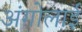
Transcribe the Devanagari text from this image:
अंगोलाई